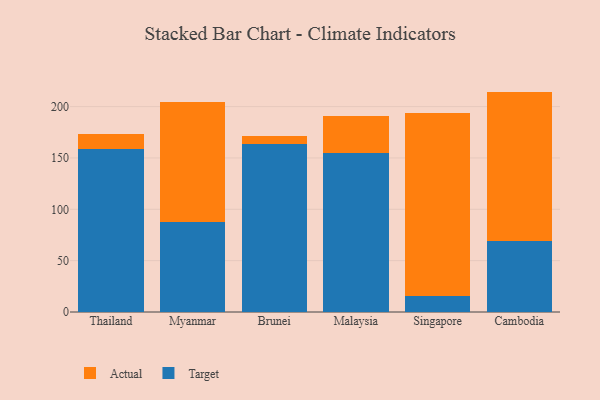
{"axis": {"x": "Country", "y": "Production Output"}, "legend": ["Actual", "Target"], "data": [{"x": "Thailand", "y": 158.6, "type": "Target"}, {"x": "Thailand", "y": 15.1, "type": "Actual"}, {"x": "Myanmar", "y": 87.9, "type": "Target"}, {"x": "Myanmar", "y": 117.0, "type": "Actual"}, {"x": "Brunei", "y": 163.9, "type": "Target"}, {"x": "Brunei", "y": 7.3, "type": "Actual"}, {"x": "Malaysia", "y": 154.7, "type": "Target"}, {"x": "Malaysia", "y": 35.9, "type": "Actual"}, {"x": "Singapore", "y": 15.2, "type": "Target"}, {"x": "Singapore", "y": 178.2, "type": "Actual"}, {"x": "Cambodia", "y": 69.1, "type": "Target"}, {"x": "Cambodia", "y": 145.5, "type": "Actual"}]}